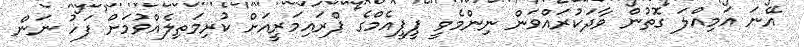
އޭނަ އަމިއްލަ ގޮތުން ވާދަކުރައްވަން ނިންމެވީ ޕީޕީއެމްގެ ޕްރައިމަރީއަށް ކުރިމަތިލެއްވުމަށް ފަހު ނަން